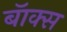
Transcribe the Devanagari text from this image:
बॅाक्स